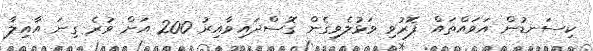
ކިސަނޑުން އަވައްތައް ފޮރުވި ވަޅުލެވިގެން ގޮސްދައިވާއިރު 200 އަށް ވުރެ ގިނަ އާއިލާ